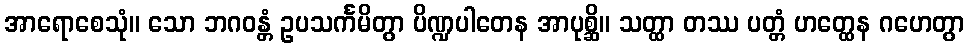
အာရောစေသုံ။ သော ဘဂဝန္တံ ဥပသင်္ကမိတွာ ပိဏ္ဍပါတေန အာပုစ္ဆိ။ သတ္ထာ တဿ ပတ္တံ ဟတ္ထေန ဂဟေတွာ